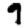
Digit: 9